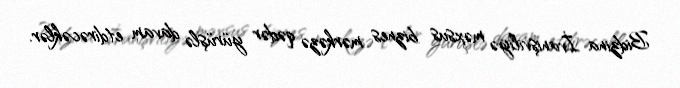
Bidzina İvanişviliyə məxsus biznes mərkəzə qədər yürüşlə davam etdirəcəklər.